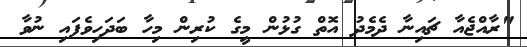
"ރާއްޖެއާ ޗައިނާ ދެމެދު އޮތް ގުޅުން މީގެ ކުރިން މިހާ ބަދަހިވެފައި ނުވާ